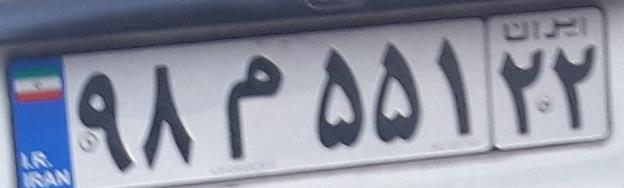
۹۸م۵۵۱۲۲